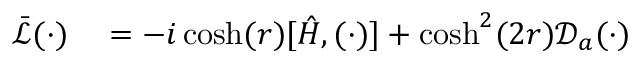
\begin{array} { r l } { \bar { \mathcal L } ( \cdot ) } & { { } = - i \cosh ( r ) [ \hat { H } , ( \cdot ) ] + \cosh ^ { 2 } ( 2 r ) \mathcal D _ { a } ( \cdot ) } \end{array}